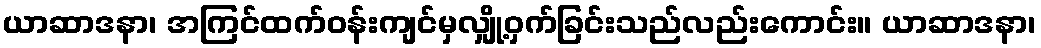
ယာဆာဒနာ၊ အကြင်ထက်ဝန်းကျင်မှလျှို့ဝှက်ခြင်းသည်လည်းကောင်း။ ယာဆာဒနာ၊